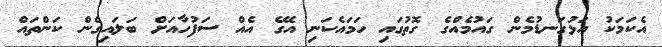
އެކަމަކު އަޅުގަނޑުމެން ގައުމެއްގެ ގޮތުގައި ހަމައެކަނި އޭގެ އެއް ސަފުހާއަށް ބަލައިގެން ކަންތައް